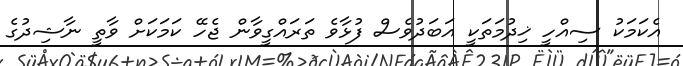
އެކަމަކު ސިއްހީ ޚިދުމަތަކީ އަބަދުވެސް ފުޅާވެ ތަރައްގީވާން ޖެހޭ ކަމަކަށް ވާތީ ނާޝިދުގެ